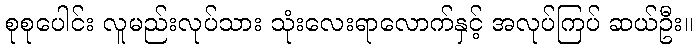
စုစုပေါင်း လူမည်းလုပ်သား သုံးလေးရာလောက်နှင့် အလုပ်ကြပ် ဆယ်ဦး။